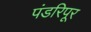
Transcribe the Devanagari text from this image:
पंडरिपूर